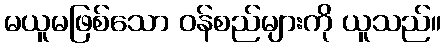
မယူမဖြစ်သော ဝန်စည်များကို ယူသည်။